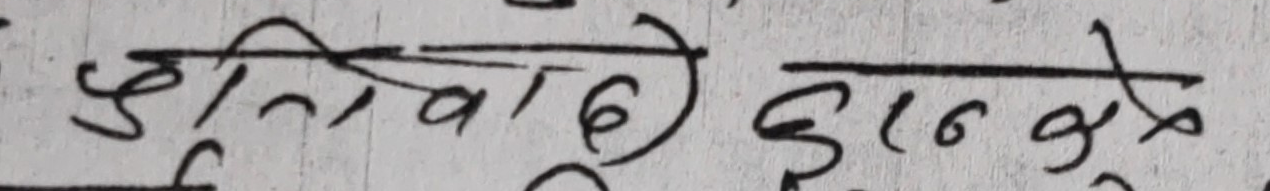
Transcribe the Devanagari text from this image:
प्रतिनिधि कुन कुने